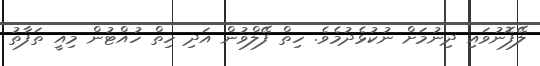
ލޭފޮނުވައި ދިނުމަށް ނުކުޅެދުމެވެ. ހިތް ފޭލްވުން އަދި ހިތް ހުއްޓުން މިއީ ތަފާތު